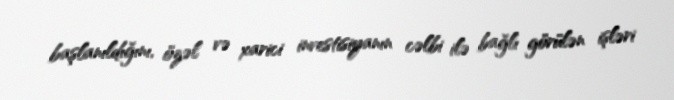
başlanıldığını, özəl və xarici investisiyanın cəlbi ilə bağlı görülən işləri